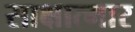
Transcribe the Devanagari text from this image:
साक्षात्मार